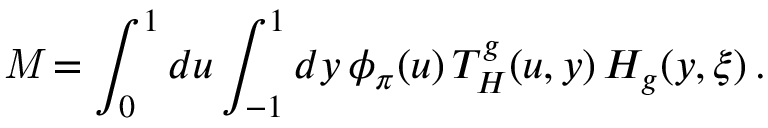
{ \it M } = \int _ { 0 } ^ { 1 } d u \int _ { - 1 } ^ { 1 } d y \, \phi _ { \pi } ( u ) \, T _ { H } ^ { g } ( u , y ) \, { \cal H } _ { g } ( y , \xi ) \, .